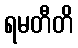
ရမတီတိ